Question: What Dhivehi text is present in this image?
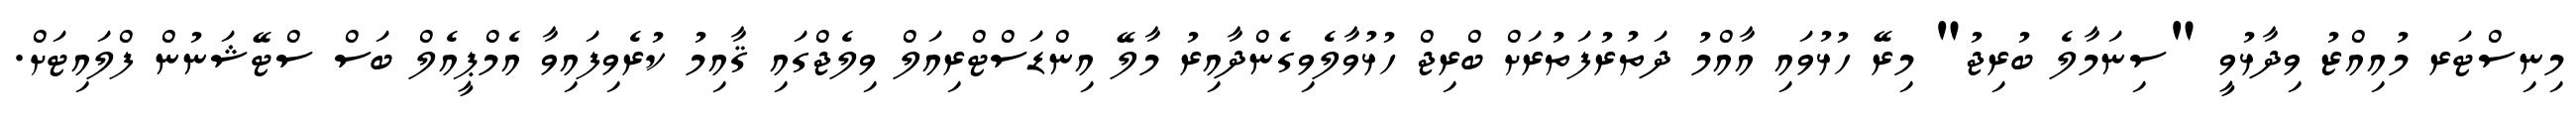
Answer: މިނިސްޓަރ މުއިއްޒު ވިދާޅުވީ "ސިނަމާލެ ބުރިޖު" މިރޭ ހުޅުވައި އާއްމު ދަތުރުފަތުރަށް ބްރިޖް ހުޅުވާލެވިގެންދާއިރު މާލޭ އިންޑަސްޓްރިއަލް ވިލެޖްގައި ޤާއިމު ކުރެވިފައިވާ އެމްޕީއެލް ބަސް ސްޓޭޝަނުން ފްލައިޓަށް.